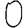
Digit: 0